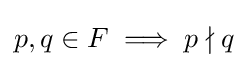
p,q\in F\implies p\nmid q